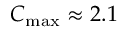
C _ { \mathrm { m a x } } \approx 2 . 1